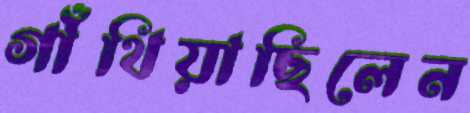
গাঁথিয়াছিলেন